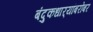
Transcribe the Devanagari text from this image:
बंदुकधार्‍यांबरोबर